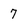
Character: 7